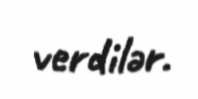
verdilər.